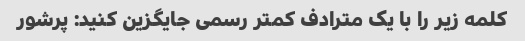
کلمه زیر را با یک مترادف کمتر رسمی جایگزین کنید: پرشور